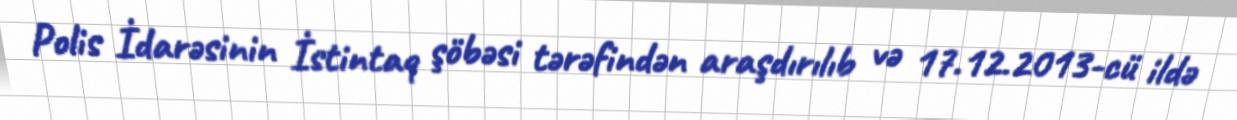
Polis İdarəsinin İstintaq şöbəsi tərəfindən araşdırılıb və 17.12.2013-cü ildə